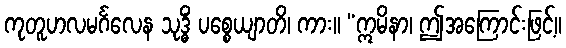
ကုတူဟလမင်္ဂလေန သုဒ္ဓိံ ပစ္စေယျာတိ၊ ကား။ “ဣမိနာ၊ ဤအကြောင်းဖြင့်။